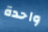
واحدة